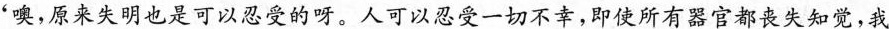
：'噢，原来失明也是可以忍受的呀。人可以忍受一切不幸，即使所有器官都丧失知觉，我